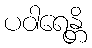
ပဝါရေန္တိ